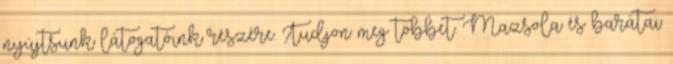
nyújtsunk látogatóink részére. Tudjon meg többet. Mazsola és barátai